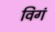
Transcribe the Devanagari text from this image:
विगं